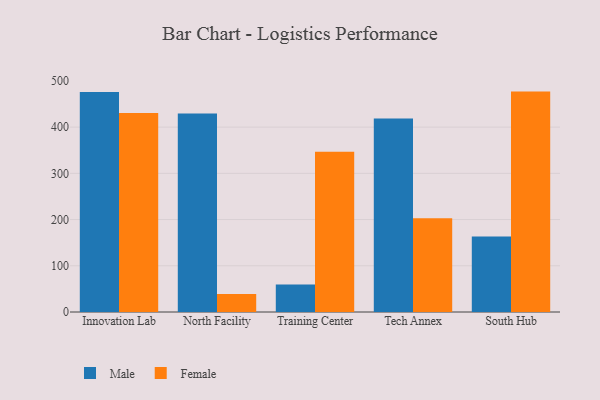
{"axis": {"x": "Campus", "y": "Production Output"}, "legend": ["Female", "Male"], "data": [{"x": "Innovation Lab", "y": 475.9, "type": "Male"}, {"x": "Innovation Lab", "y": 430.5, "type": "Female"}, {"x": "North Facility", "y": 429.3, "type": "Male"}, {"x": "North Facility", "y": 38.7, "type": "Female"}, {"x": "Training Center", "y": 59.6, "type": "Male"}, {"x": "Training Center", "y": 346.7, "type": "Female"}, {"x": "Tech Annex", "y": 418.4, "type": "Male"}, {"x": "Tech Annex", "y": 202.7, "type": "Female"}, {"x": "South Hub", "y": 163.1, "type": "Male"}, {"x": "South Hub", "y": 476.8, "type": "Female"}]}